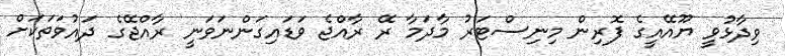
ވިދާޅުވީ ޔޫއޭއީގެ ފޮރިން މިނިސްޓަރު މާދަމާ ރޭ ރާއްޖެ ވަޑައިގަންނަވަނީ ރާއްޖޭގެ ދައުވަތަކަށް